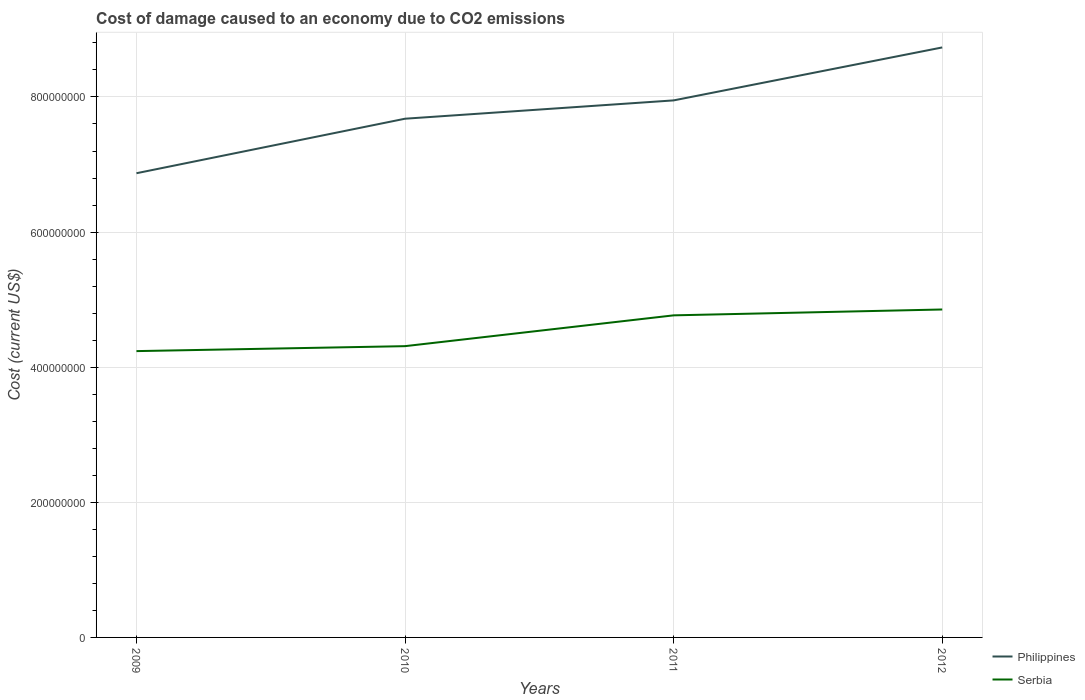
| Years | Philippines | Serbia |
 | --- | --- | --- |
 | 2009 | 6.87e+08 | 4.24e+08 |
 | 2010 | 7.68e+08 | 4.31e+08 |
 | 2011 | 7.95e+08 | 4.77e+08 |
 | 2012 | 8.73e+08 | 4.85e+08 |